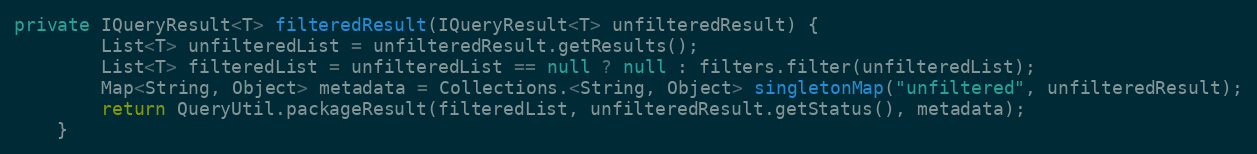
Language: Java
private IQueryResult<T> filteredResult(IQueryResult<T> unfilteredResult) {
        List<T> unfilteredList = unfilteredResult.getResults();
        List<T> filteredList = unfilteredList == null ? null : filters.filter(unfilteredList);
        Map<String, Object> metadata = Collections.<String, Object> singletonMap("unfiltered", unfilteredResult);
        return QueryUtil.packageResult(filteredList, unfilteredResult.getStatus(), metadata);
    }